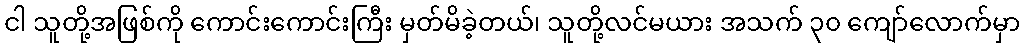
ငါ သူတို့အဖြစ်ကို ကောင်းကောင်းကြီး မှတ်မိခဲ့တယ်၊ သူတို့လင်မယား အသက် ၃၀ ကျော်လောက်မှာ